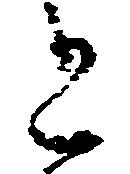
と